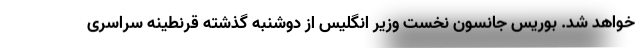
خواهد شد. بوریس جانسون نخست وزیر انگلیس از دوشنبه گذشته قرنطینه سراسری